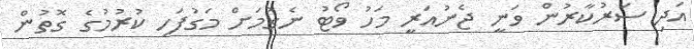
އަދި ސަރުކާރުން ވަނީ ޖެނުއަރީ މަހު ވޯޓު ނެގުމަށް މަގުފަހި ކުރުމުގެ ގޮތުން